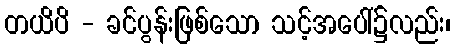
တယိပိ - ခင်ပွန်းဖြစ်သော သင့်အပေါ်၌လည်း၊